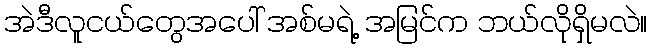
အဲဒီလူငယ်တွေအပေါ် အစ်မရဲ့ အမြင်က ဘယ်လိုရှိမလဲ။